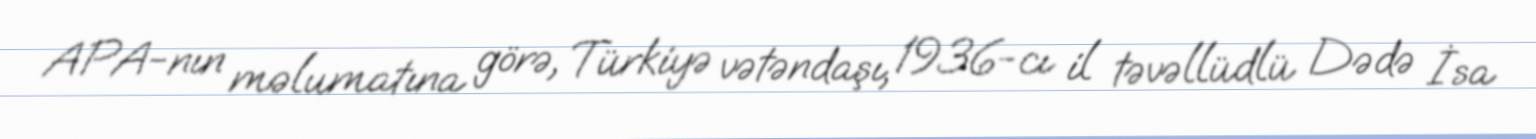
APA-nın məlumatına görə, Türkiyə vətəndaşı, 1936-cı il təvəllüdlü Dədə İsa